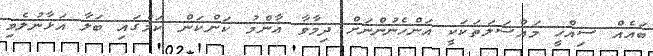
ބައެއް ސިއްހީ މައްސަލަތަކަކީ އަންހެނުންނަށް ދިމާވާ އާންމު ކަންކަން ކަމުގައި ބަލާ އަޅާނުލެވި